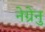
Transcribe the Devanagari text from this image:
नेग्रेनु